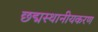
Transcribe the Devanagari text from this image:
छद्मस्थानीयकरण